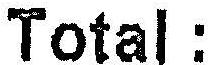
TOTAL :